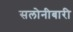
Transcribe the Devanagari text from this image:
सलोनीबारी